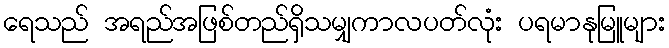
ရေသည် အရည်အဖြစ်တည်ရှိသမျှကာလပတ်လုံး ပရမာနုမြူများ